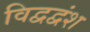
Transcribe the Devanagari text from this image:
विद्वद्वंश